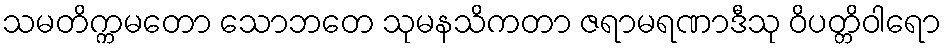
သမတိက္ကမတော သောဘတေ သုမနသိကတာ ဇရာမရဏာဒီသု ဝိပတ္တိဝါရော